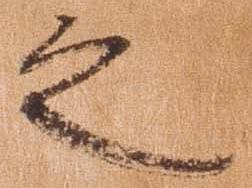
之